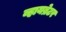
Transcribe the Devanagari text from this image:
व्हायब्रेटर